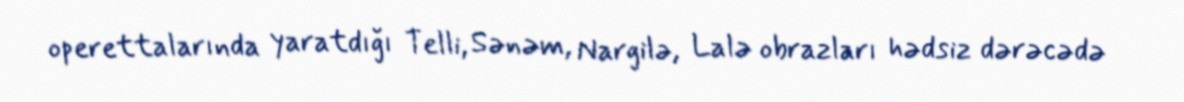
operettalarında yaratdığı Telli, Sənəm, Nargilə, Lalə obrazları hədsiz dərəcədə